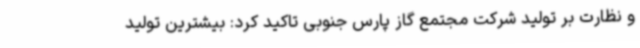
و نظارت بر تولید شرکت مجتمع گاز پارس جنوبی تاکید کرد: بیشترین تولید